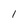
Character: 1